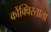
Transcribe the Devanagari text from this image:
कोंक्विस्ताता